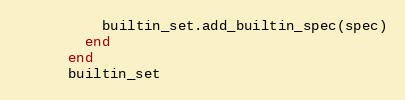
Language: Ruby
          builtin_set.add_builtin_spec(spec)
        end
      end
      builtin_set